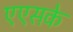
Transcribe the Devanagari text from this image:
एएसके